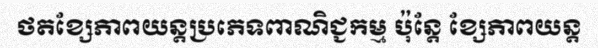
ថតខ្សែភាពយន្តប្រភេទពាណិជ្ជកម្ម ប៉ុន្តែ ខ្សែភាពយន្ត